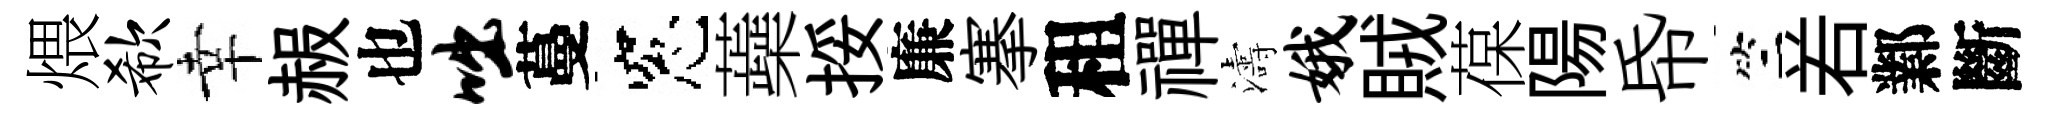
煨欷幸赧也咄蔓窓蘃挼廉搴租禪濤娥賊葆陽帋竺𠰥鄴斷